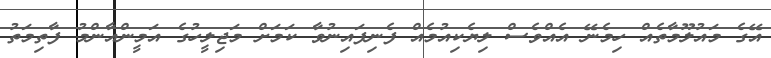
އޭގެ މައުލޫމާތެއް ހިމެނޭ އެއްވެސް ލިޔެކިއުމެއް ފެނިފައިނުވާ ކަމަށް މަޖިލީހުގެ އަމީންއާންމު ފާތިމަތު